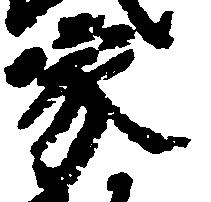
家